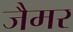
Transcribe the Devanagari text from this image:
जैमर